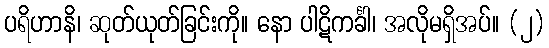
ပရိဟာနိ၊ ဆုတ်ယုတ်ခြင်းကို။ နော ပါဋိကင်္ခါ၊ အလိုမရှိအပ်။ (၂)